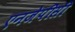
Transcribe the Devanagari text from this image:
एनजेपीसी